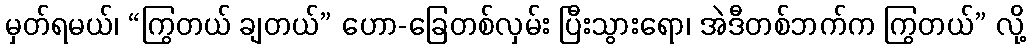
မှတ်ရမယ်၊ “ကြွတယ် ချတယ်” ဟော-ခြေတစ်လှမ်း ပြီးသွားရော၊ အဲဒီတစ်ဘက်က ကြွတယ်” လို့